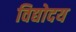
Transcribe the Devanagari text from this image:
विद्योदय